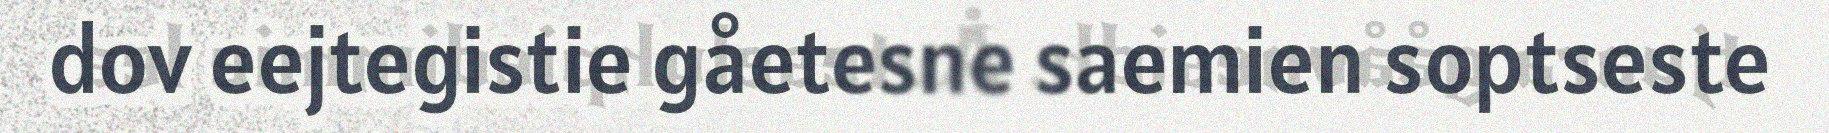
dov eejtegistie gåetesne saemien soptseste